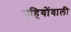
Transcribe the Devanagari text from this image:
पहियोंवाली